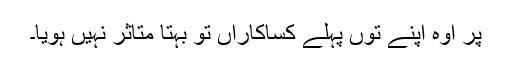
پر اوہ اپنے توں پہلے کساکاراں تو بہتا متاثر نہیں ہویا۔